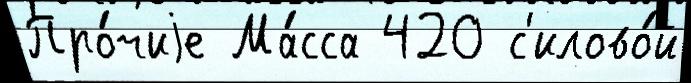
Про́чиjе Ма́сса 420 с'илово́й